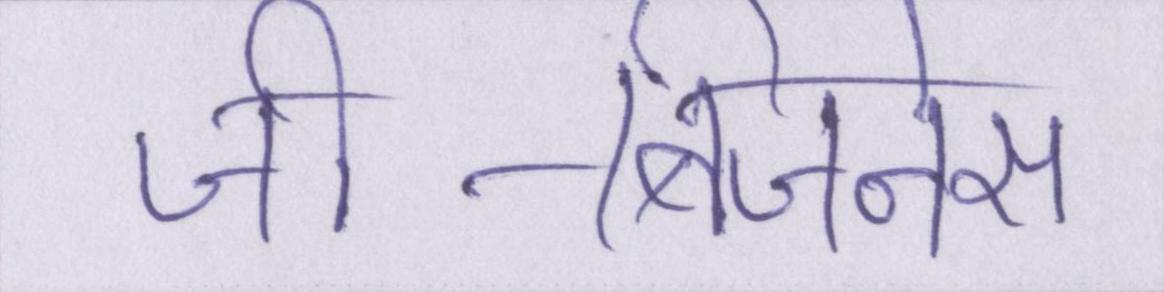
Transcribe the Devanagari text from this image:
जी-बिजनेस